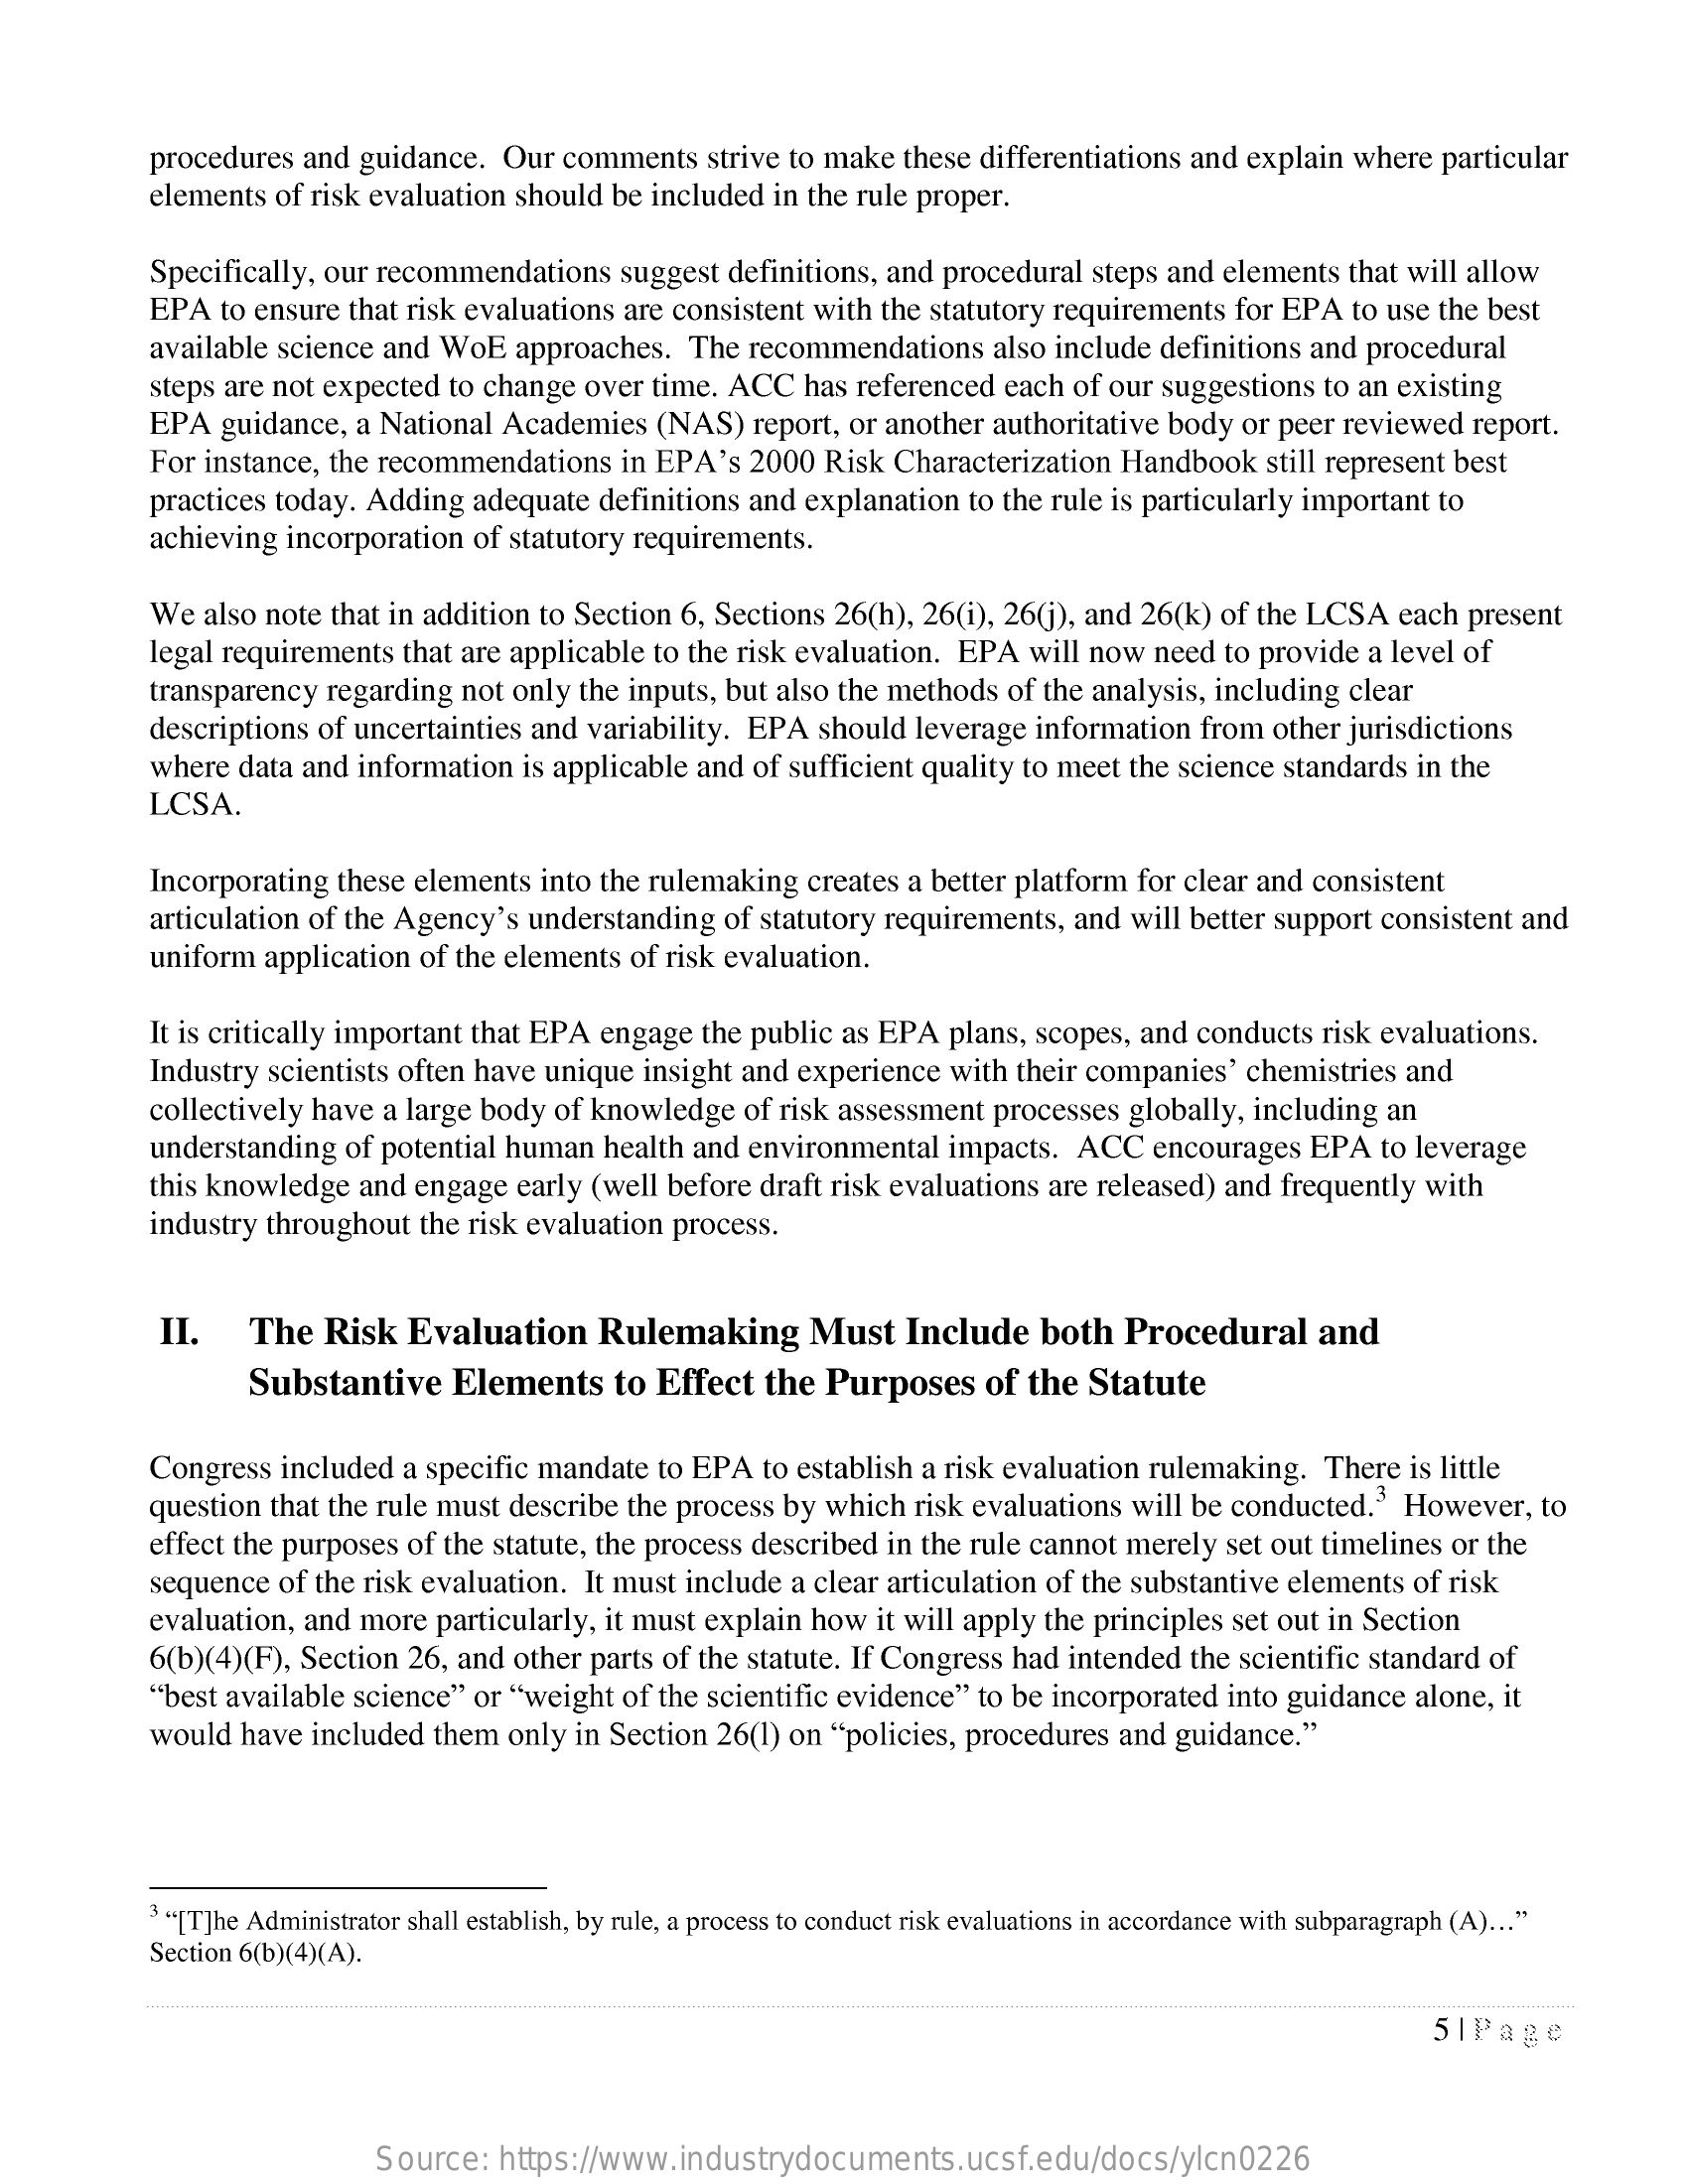
procedures  and guidance.  Our  comments    strive to make these differentiations and explain  where  particular
     elements  of risk evaluation should be included  in the rule proper.
     Specifically, our recommendations    suggest definitions, and procedural  steps and elements  that will allow
     EPA  to ensure that risk evaluations are consistent with the statutory requirements  for EPA   to use the best
     available science and  WoE   approaches.  The  recommendations    also include definitions and  procedural
     steps are not expected to change  over time. ACC   has referenced  each of our suggestions  to an existing
     EPA  guidance,  a National  Academies   (NAS)  report, or another authoritative body  or peer reviewed  report.
     For instance, the recommendations    in EPA's  2000  Risk Characterization  Handbook    still represent best
     practices today. Adding  adequate  definitions and  explanation to the rule is particularly important to
     achieving  incorporation of statutory requirements.
     We  also note that in addition to Section 6, Sections 26(h), 26(i), 26(j), and 26(k) of the LCSA  each  present
     legal requirements  that are applicable to the risk evaluation. EPA  will now  need to provide  a level of
     transparency  regarding not only  the inputs, but also the methods of the analysis, including clear
     descriptions of uncertainties and variability. EPA   should leverage  information  from other jurisdictions
     where  data and information  is applicable and of sufficient quality to meet the science standards  in the
     LCSA.
     Incorporating  these elements into the rulemaking   creates a better platform for clear and consistent
     articulation of the Agency's  understanding  of statutory requirements,  and will better support consistent and
     uniform  application of the elements  of risk evaluation.
     It is critically important that EPA engage the public as EPA  plans,  scopes, and conducts  risk evaluations.
     Industry scientists often have unique  insight and experience  with their companies'  chemistries  and
     collectively have a large body  of knowledge   of risk assessment processes  globally, including an
     understanding  of potential human  health  and environmental   impacts.  ACC   encourages  EPA   to leverage
     this knowledge  and  engage  early (well before draft risk evaluations are released) and frequently with
     industry throughout  the risk evaluation process.
     II.    The  Risk   Evaluation    Rulemaking    Must   Include    both   Procedural    and
     Substantive    Elements    to  Effect  the  Purposes    of the  Statute
     Congress  included  a specific mandate  to EPA  to establish a risk evaluation rulemaking.  There  is little
     question that the rule must describe the process by  which  risk evaluations will be conducted.3  However,   to
     effect the purposes of the statute, the process described in the rule cannot merely set out timelines or the
     sequence  of the risk evaluation. It must include a clear articulation of the substantive elements  of risk
     evaluation, and more  particularly, it must explain how  it will apply the principles set out in Section
     6(b)(4)(F), Section 26, and  other parts of the statute. If Congress had intended the scientific standard of
     "best available science" or "weight  of the scientific evidence" to be incorporated  into guidance  alone, it
     would  have included  them  only in Section 26(1) on "policies, procedures  and  guidance."
     3"[T]he Administrator shall establish, by rule, a process to conduct risk evaluations in accordance with subparagraph (A) ... "
     Section 6(b)(4)(A).
     5 | Page
     Source:   https://www.industrydocuments.ucsf.edu/docs/ylcn0226